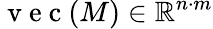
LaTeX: \mathrm{~v~e~c~}(M)\in\mathbb{R}^{n\cdot m}